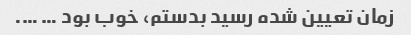
زمان تعیین شده رسید بدستم، خوب بود … ….